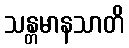
သန္တမာနသာတိ